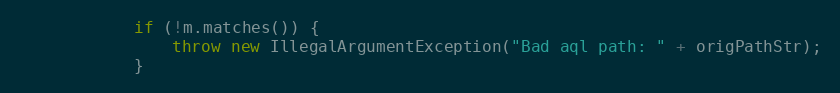
Language: Java
            if (!m.matches()) {
                throw new IllegalArgumentException("Bad aql path: " + origPathStr);
            }